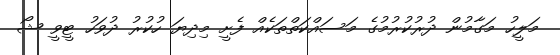
މަލީހު މަގާމުން ދުރުކުރުމުގެ މަސައްކަތްތަކެއް ފެށީ މިދިޔަ ހުކުރު ދުވަހު ޓީވީ ޝޯ